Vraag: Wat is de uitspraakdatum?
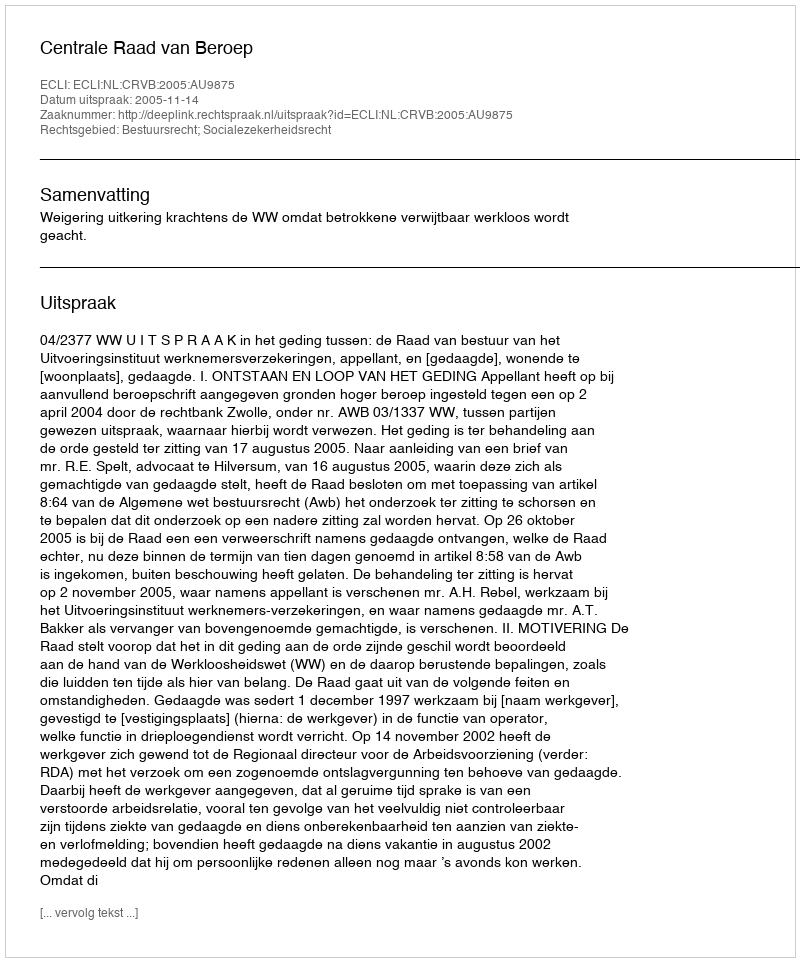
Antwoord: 2005-11-14